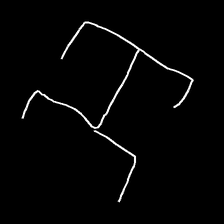
Glyph: entwine